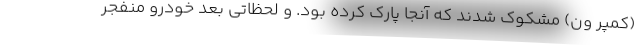
(کمپر ون) مشکوک شدند که آنجا پارک کرده بود. و لحظاتی بعد خودرو منفجر